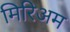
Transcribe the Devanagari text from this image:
मिरिअम